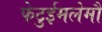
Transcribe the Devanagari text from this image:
फेटुईमलेमौ